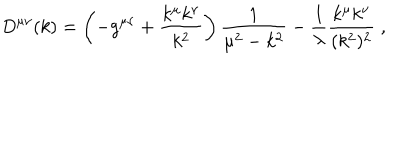
LaTeX: D ^ { \mu \nu } ( k ) = \left( - g ^ { \mu \nu } + \frac { k ^ { \mu } k ^ { \nu } } { k ^ { 2 } } \right) \frac { 1 } { \mu ^ { 2 } - k ^ { 2 } } - \frac { 1 } { \lambda } \frac { k ^ { \mu } k ^ { \nu } } { ( k ^ { 2 } ) ^ { 2 } } \; ,